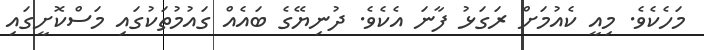
މަހެކެވެ. މިއީ ކެއުމަށް ރަގަޅު ފާނަ އެކެވެ. ދުނިޔޭގެ ބައެއް ގައުމުތަކުގައި މަސްކޮށީގައި